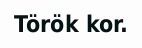
Török kor.